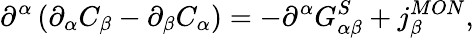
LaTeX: \partial^{\alpha}\left(\partial_{\alpha}C_{\beta}-\partial_{\beta}C_{\alpha}\right)=-\partial^{\alpha}G_{\alpha\beta}^{S}+j_{\beta}^{MON},